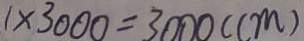
1 \times 3 0 0 0 = 3 0 0 0 ( c m )